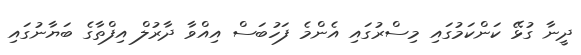
ދީނާ ގުޅޭ ކަންކަމުގައި މިސްރުގައި އެންމެ ފަހުބަސް އިއްވާ ދާރުލް އިފްތާގެ ބަޔާނުގައި